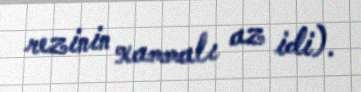
rezinin xammalı az idi).